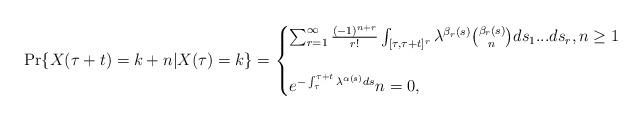
LaTeX: \begin{align*}\Pr\{ X(\tau +t)=k+n|X(\tau)=k \}= \begin{cases} \sum _{r=1}^{\infty} \frac{(-1)^{n+r}}{r!} \int _{[\tau,\tau +t]^r}\lambda ^{\beta_r(s)} \binom{\beta_r(s)}{n}ds_1...ds_r, n \geq 1 \\\\ e ^{-\int _{\tau} ^{\tau +t} \lambda ^{\alpha (s)}ds} n=0,\end{cases}\end{align*}